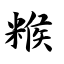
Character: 糇